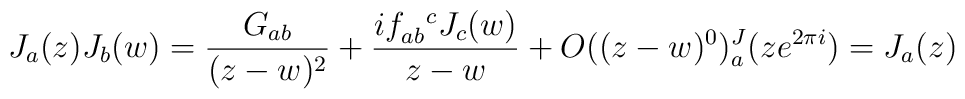
J_a(z) J_b (w) = \frac{G_{ab}}{(z-w)^2} + \frac{i f_{ab}^{\ \ c} J_{c}(w)}{z-w} + O((z-w)^0) \sp J_a(ze^{2 \pi i})=J_a(z)